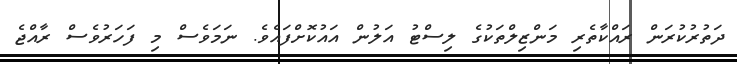
ދަތުރުކުރަން ރައްކާތެރި މަންޒިލްތަކުގެ ލިސްޓު އަލުން އައުކޮށްފައެވެ. ނަމަވެސް މި ފަހަރުވެސް ރާއްޖެ